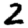
Digit: 2